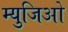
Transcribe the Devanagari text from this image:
म्युजिओ